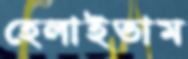
হেলাইতাম